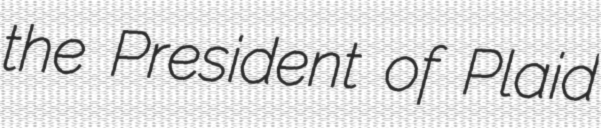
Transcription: the President of Plaid